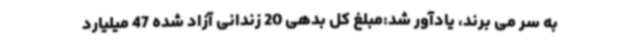
به سر می برند، یادآور شد:مبلغ کل بدهی 20 زندانی آزاد شده 47 میلیارد